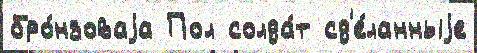
бро́нзоваjа Пол солда́т сд'е́ланныjе